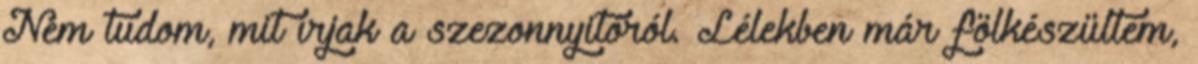
Nem tudom, mit írjak a szezonnyitóról. Lélekben már fölkészültem,